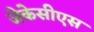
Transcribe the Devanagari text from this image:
जेकेसीएस